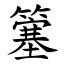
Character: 簺